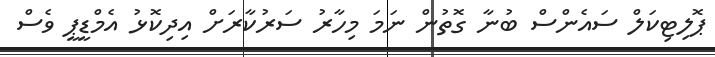
ޕޮލިޓިކަލް ސައެންސް ބުނާ ގޮތުން ނަަމަ މިހާރު ސަރުކާރަށް އިދިކޮޅު އެމްޑީޕީ ވެސް